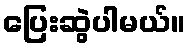
ပြေးဆွဲပါမယ်။